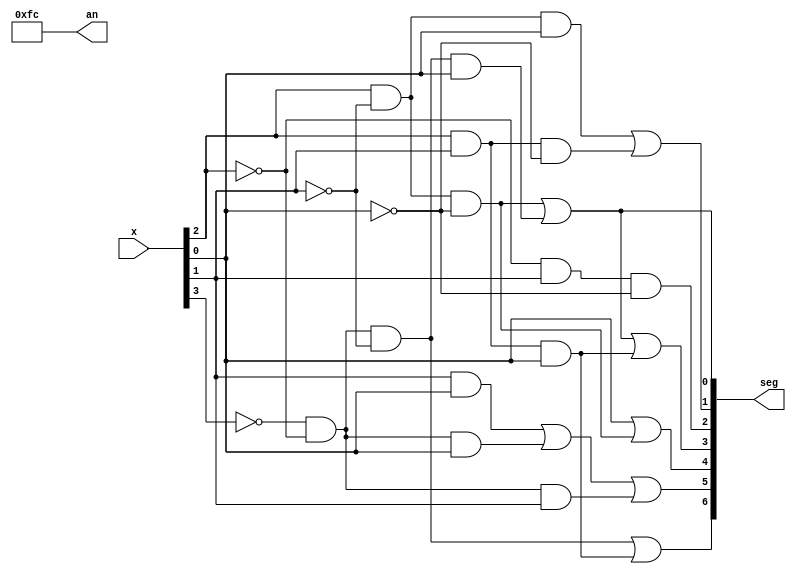
`timescale 1ns / 1ps
//////////////////////////////////////////////////////////////////////////////////
// Company: 
// Engineer: 
// 
// Design Name: 
// Module Name: bcdto7segment
// Project Name: 
// Target Devices: 
// Tool Versions: 
// Description: 
// 
// Dependencies: 
// 
// Revision:
// Revision 0.01 - File Created
// Additional Comments:
// 
//////////////////////////////////////////////////////////////////////////////////


module bcdto7segment(input [3:0] x,
   
    output [7:0] an,
    output [6:0] seg
    
    );

        assign an[7:0]=8'b11111100;
        assign seg[0]=(x[2]&~x[1]&~x[0])|(~x[3]&~x[2]&~x[1]&x[0]);
        assign seg[1]=(x[2]&~x[1]&x[0])|(x[2]&x[1]&~x[0]);
        assign seg[2]= ~x[2]&x[1]&~x[0];
        assign seg[3]=(x[2]&~x[1]&~x[0])|(~x[3]&~x[2]&~x[1]&x[0])|(x[2]&x[1]&x[0]);
        assign seg[4]=x[0]|(x[2]&~x[1]&~x[0]);
        assign seg[5]=(x[1]&x[0])|(~x[3]&~x[2]&x[0])|(~x[3]&~x[2]&x[1]);
        assign seg[6]=(~x[3]&~x[2]&~x[1])|(x[2]&x[1]&x[0]);

    
    
    
    
endmodule